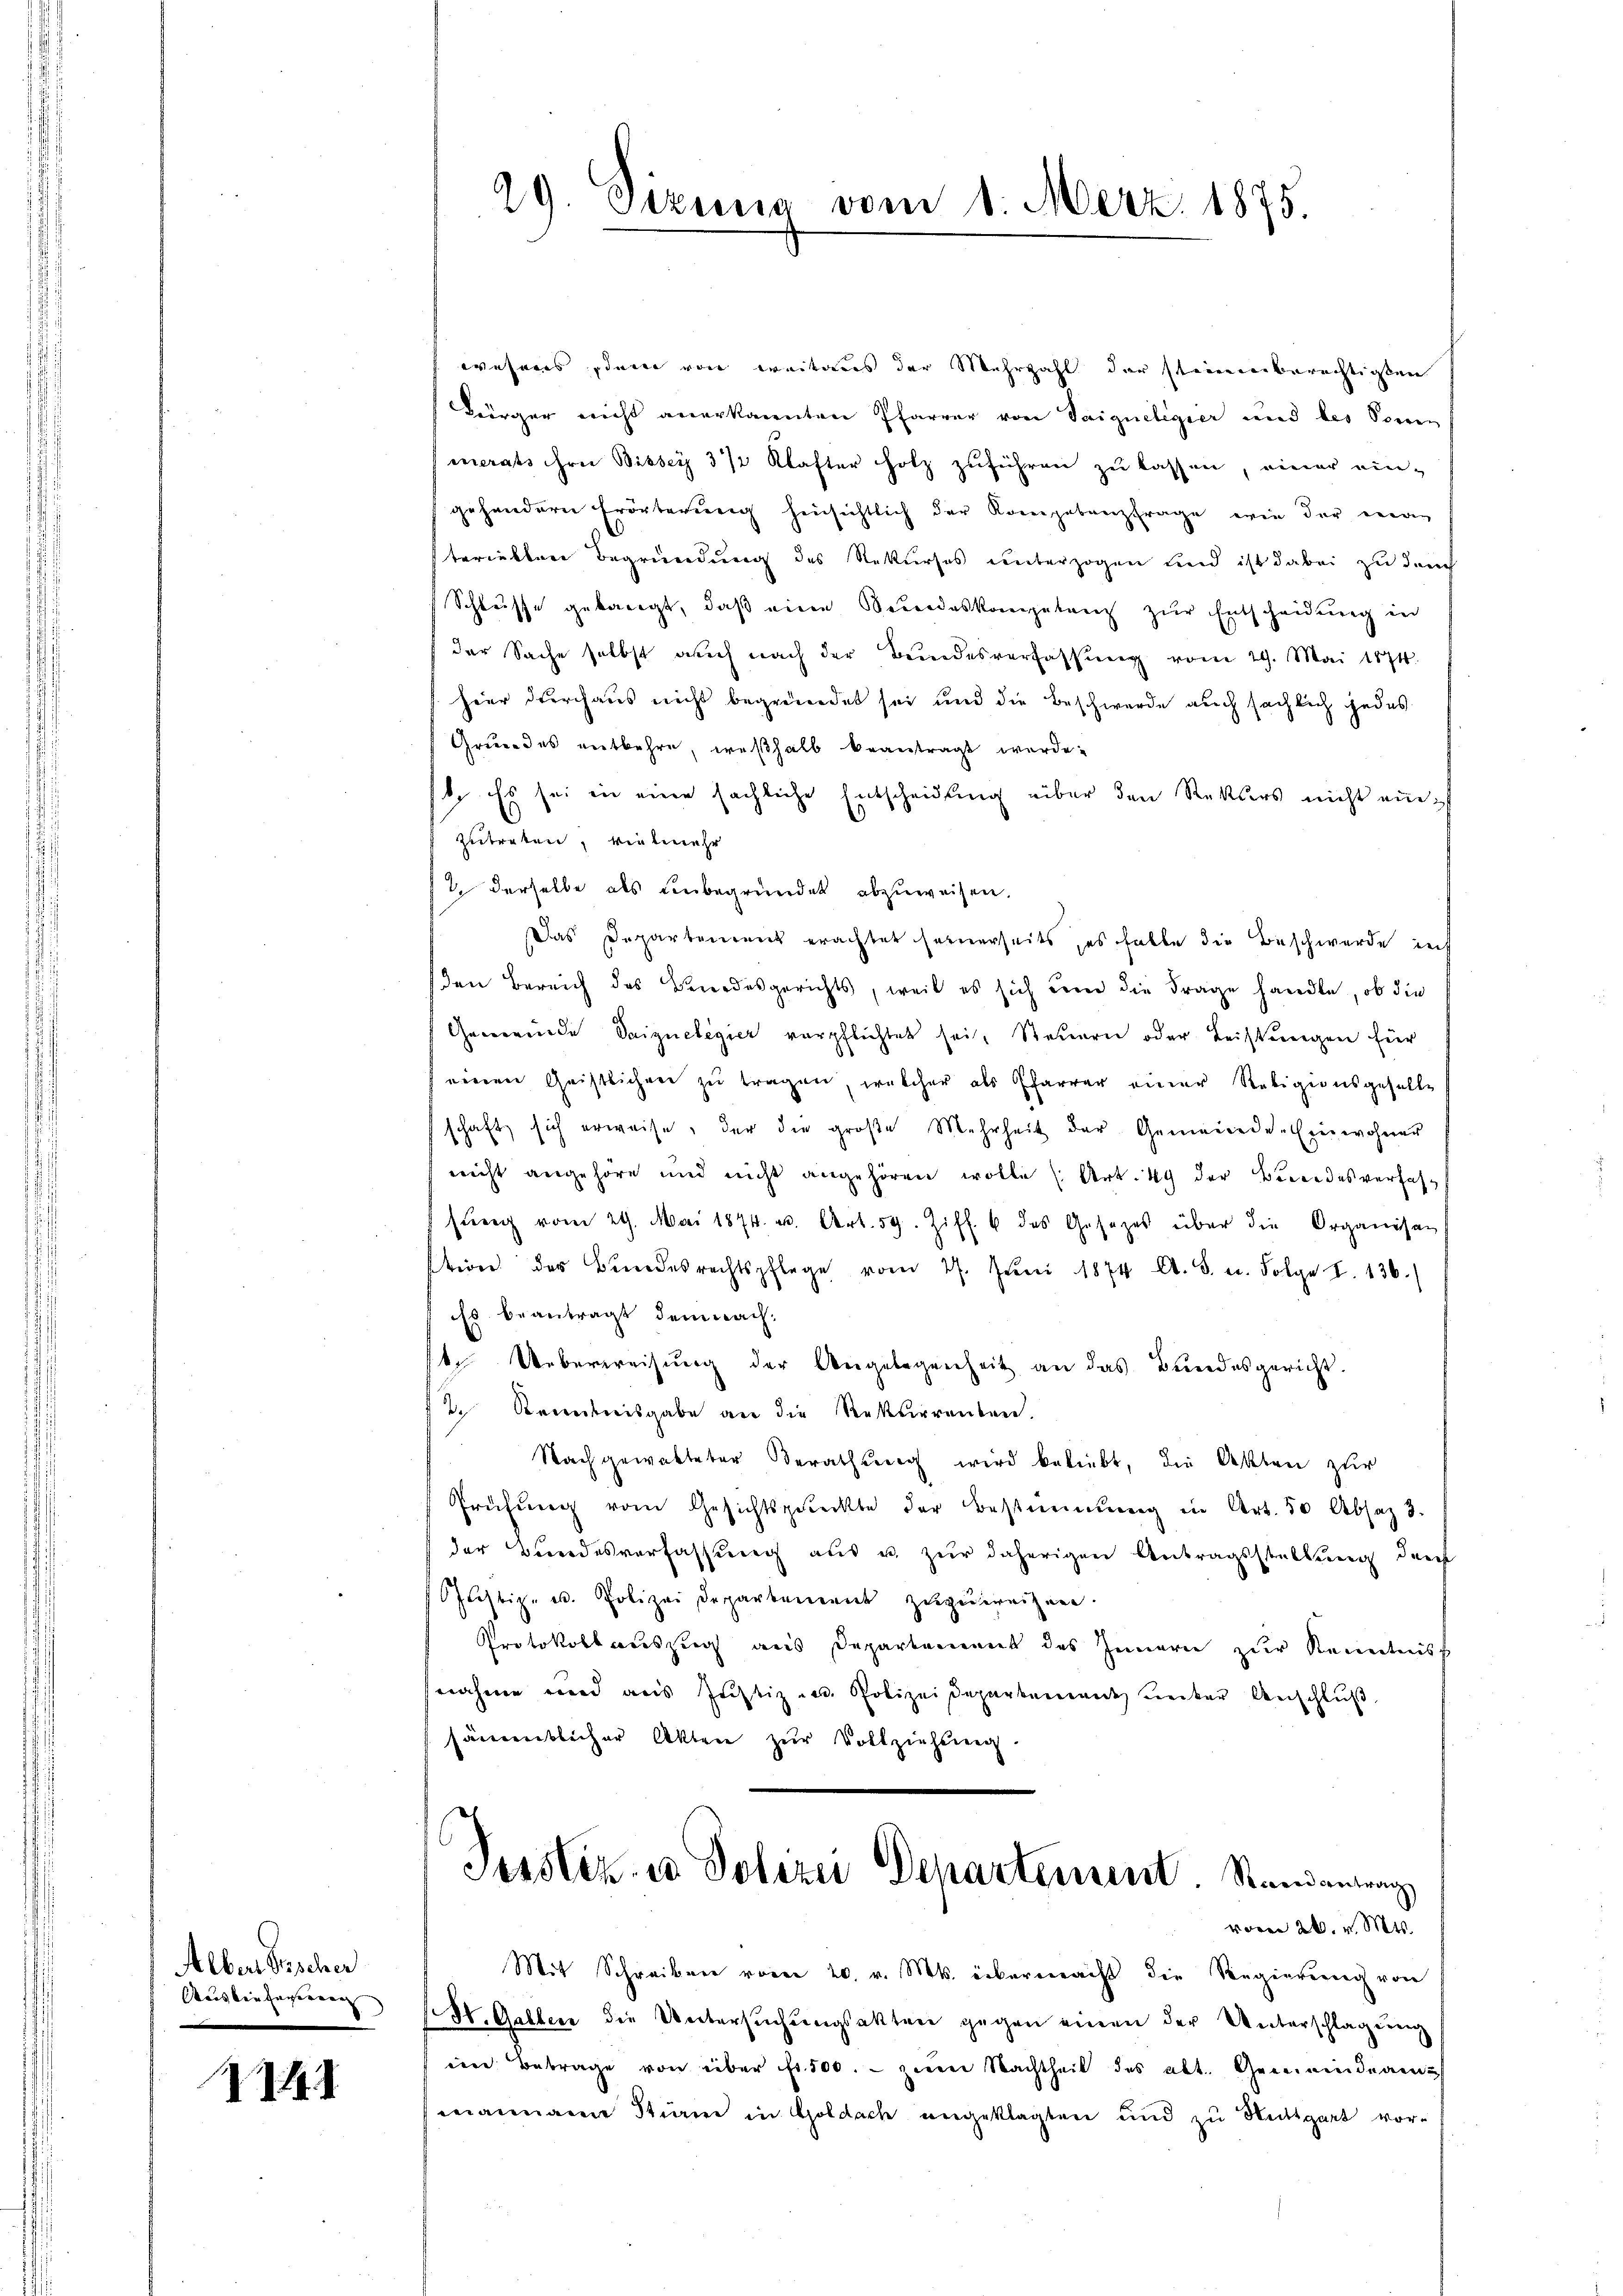
Alber Bescher
Acus bin fagenen |

1

29. Sizung vom 1. Merz 1875.

weseres dem von weiteres der Mehrzahl der stiennenberechtigkei
Bürger nicht anerkannten Pfarrer von Saigueligier und des Sonn
merats ihre Bissey 3/2 Klafter Holz zuführen zu lassen, einer ein-
gehendern Erörterung hinsichtlich der Kompetenzfrage, wie der man
teriebten Begründung des Rekurses unterzogen und ist dabei zu durch
Schlusse gelangt, daß eine Serendeskompetenz zur Entscheidung in
der Sache selbst auch nach der Bundesverfassŭng vom 29. Mai 1874.
hier durchaus nicht begründet sei und die Beschwerde auch sächlich jedes
Gruendes entbehre, weßhalb beantragt werde.
s. Es sei in eine sächliche Entscheidung über den Rektors nicht auch
zutreten, vielemehr
2 derselbe als unbegründet abzuweisen.
Das Departement erachtet seinerseits, es falle die Beschwerde auch
den Bereich des Berodesgerichts, weil es sich um die Frage handle, ob die
Gemeinde Saizuelegier verpflichtet sei, Steuern oder Leistungen für
eineren Geistlichen zu tragen, welcher als Pfarrer einer Religionsgeselle
schaft sich erweise, der die große Mehrheit der Gemeinde-Einwohner
nicht angehöre und nicht angehören wolle (Art. 49 der Beredesverfahsŭng vom 29. Mai 1874. u. Art. 59. Ziff. 6 des Gesetzes über die Organisan
tion der Bundesrechtspflege vom 27. Jŭni 1874 Al. S. u. Folge S. 136.
Es beantragt dem nach
t. Ueberweisung der Angelegenheit an das Bundesgericht.
2. Reidnisgabe an die Rekurrenten.
Nachgewalteter Berathung wird beliebt, die Akten zur
Prüfung vom Gesichtsgereckte der Bestimmung in Art. 50 Absaz 3.
der Bŭndesverfassŭng aŭs u. zŭr daherigen Antragsstellung durch
ustiz- u. Polizei Departement zugereigne
Protokoll auszug aus Departement des Innern zur Kenntniss
nnahme wird aus Justiz und Polizeidepartement unter Anschlŭβ
sämentlicher Akten zŭr Vollziehung.
Justiz- u. Polizei Departement. Randantrag
voren 26. v. Mts.
Mit Schreiber vom 20. v. Mts. übermacht die Regierung von
(St. Gallen die Untersuchungsakten gegen einen der Unterschlagung
iere Betrage von über fr. 500. zum Nachtheil des alt. Gemeindeam
manname Stime in Goldach angeklagten und zu Stuttgart vor-